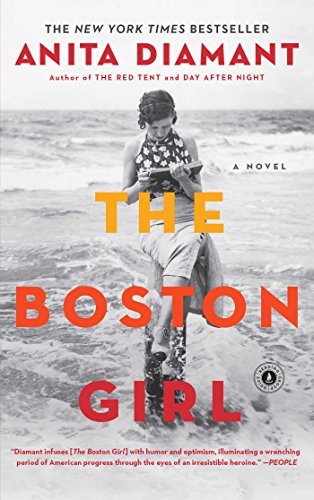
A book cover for The Boston Girl: A Novel; Anita Diamant; Literature & Fiction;